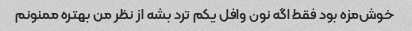
خوش‌مزه بود فقط اگه نون وافل یکم ترد بشه از نظر من بهتره ممنونم